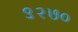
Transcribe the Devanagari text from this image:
९२७०